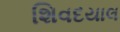
શિવદયાલ